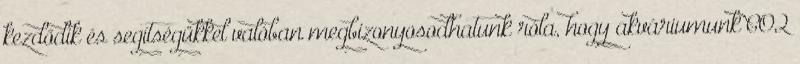
kezdődik és segítségükkel valóban megbizonyosodhatunk róla, hogy akváriumunk CO2